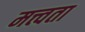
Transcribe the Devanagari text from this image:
मत्त्वता